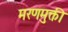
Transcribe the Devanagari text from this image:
मरणमुक्ती